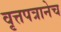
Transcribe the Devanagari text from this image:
वृत्तपत्रानेच